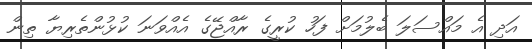
އަދި އެ މައްސަލަ ބެލުމަށް ފަހު ކުރީގެ ރާއްޖޭގެ އެއްވަނަ ކުޅުންތެރިޔާ ތިން